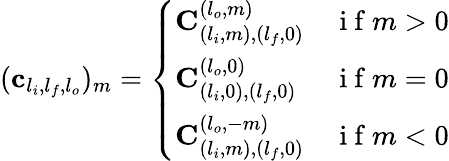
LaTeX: (\mathbf{c}_{l_{i},l_{f},l_{o}})_{m}=\left\{ \begin{array}{ll}{\mathbf{C}_{(l_{i},m),(l_{f},0)}^{(l_{o},m)}}&{\mathrm{~i~f~}m>0}\\ {\mathbf{C}_{(l_{i},0),(l_{f},0)}^{(l_{o},0)}}&{\mathrm{~i~f~}m=0}\\ {\mathbf{C}_{(l_{i},m),(l_{f},0)}^{(l_{o},-m)}}&{\mathrm{~i~f~}m<0}\end{array}\right.